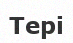
Тері